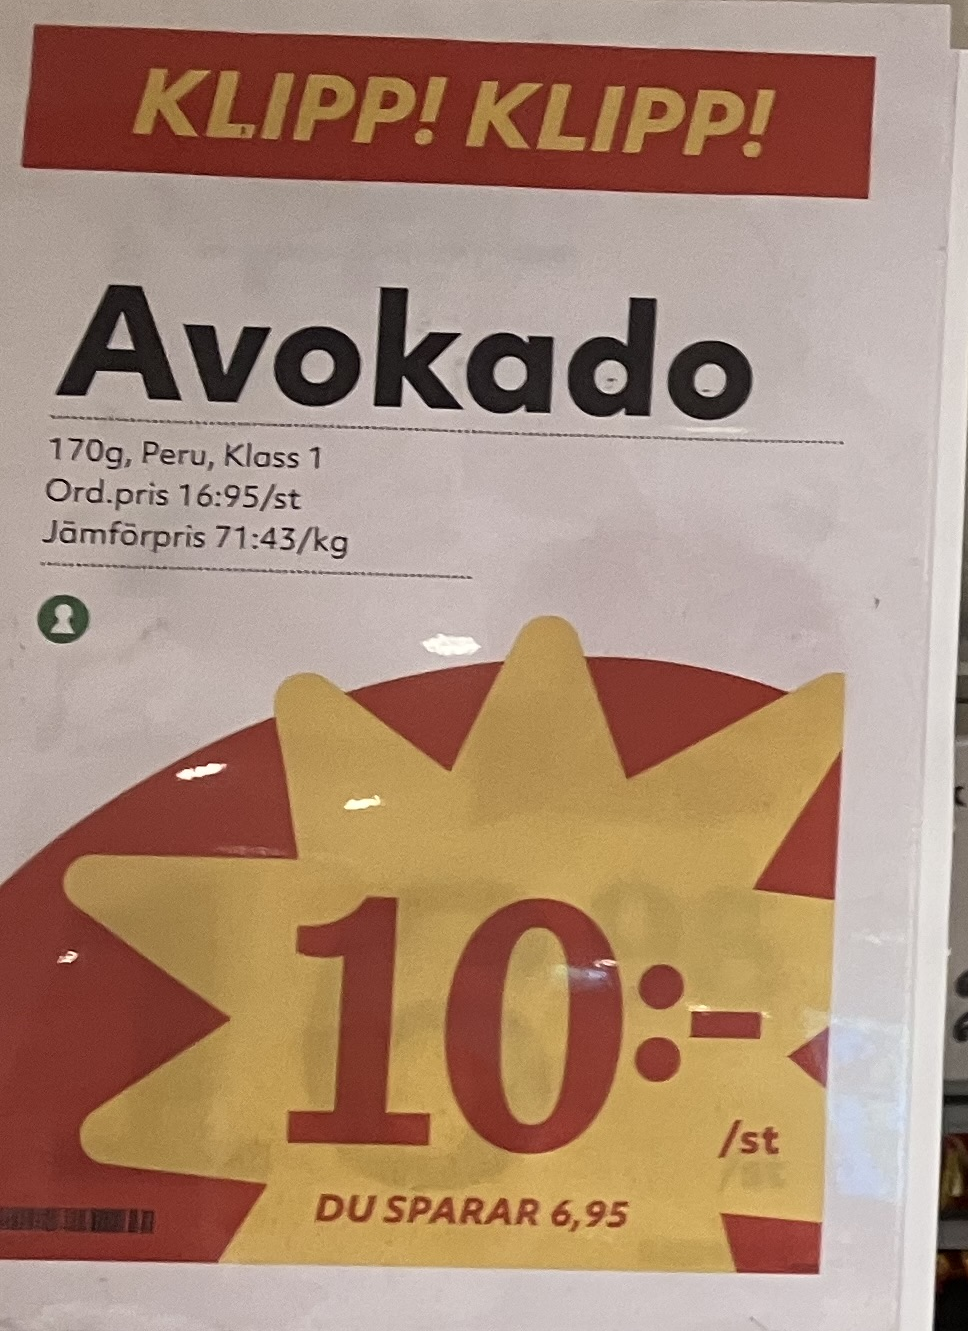
Vara: Avokado
Genomsnittspris: 71.43 per kg